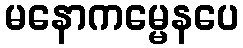
မနောကမ္မေနပေ